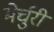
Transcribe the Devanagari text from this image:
मेर्चुरी